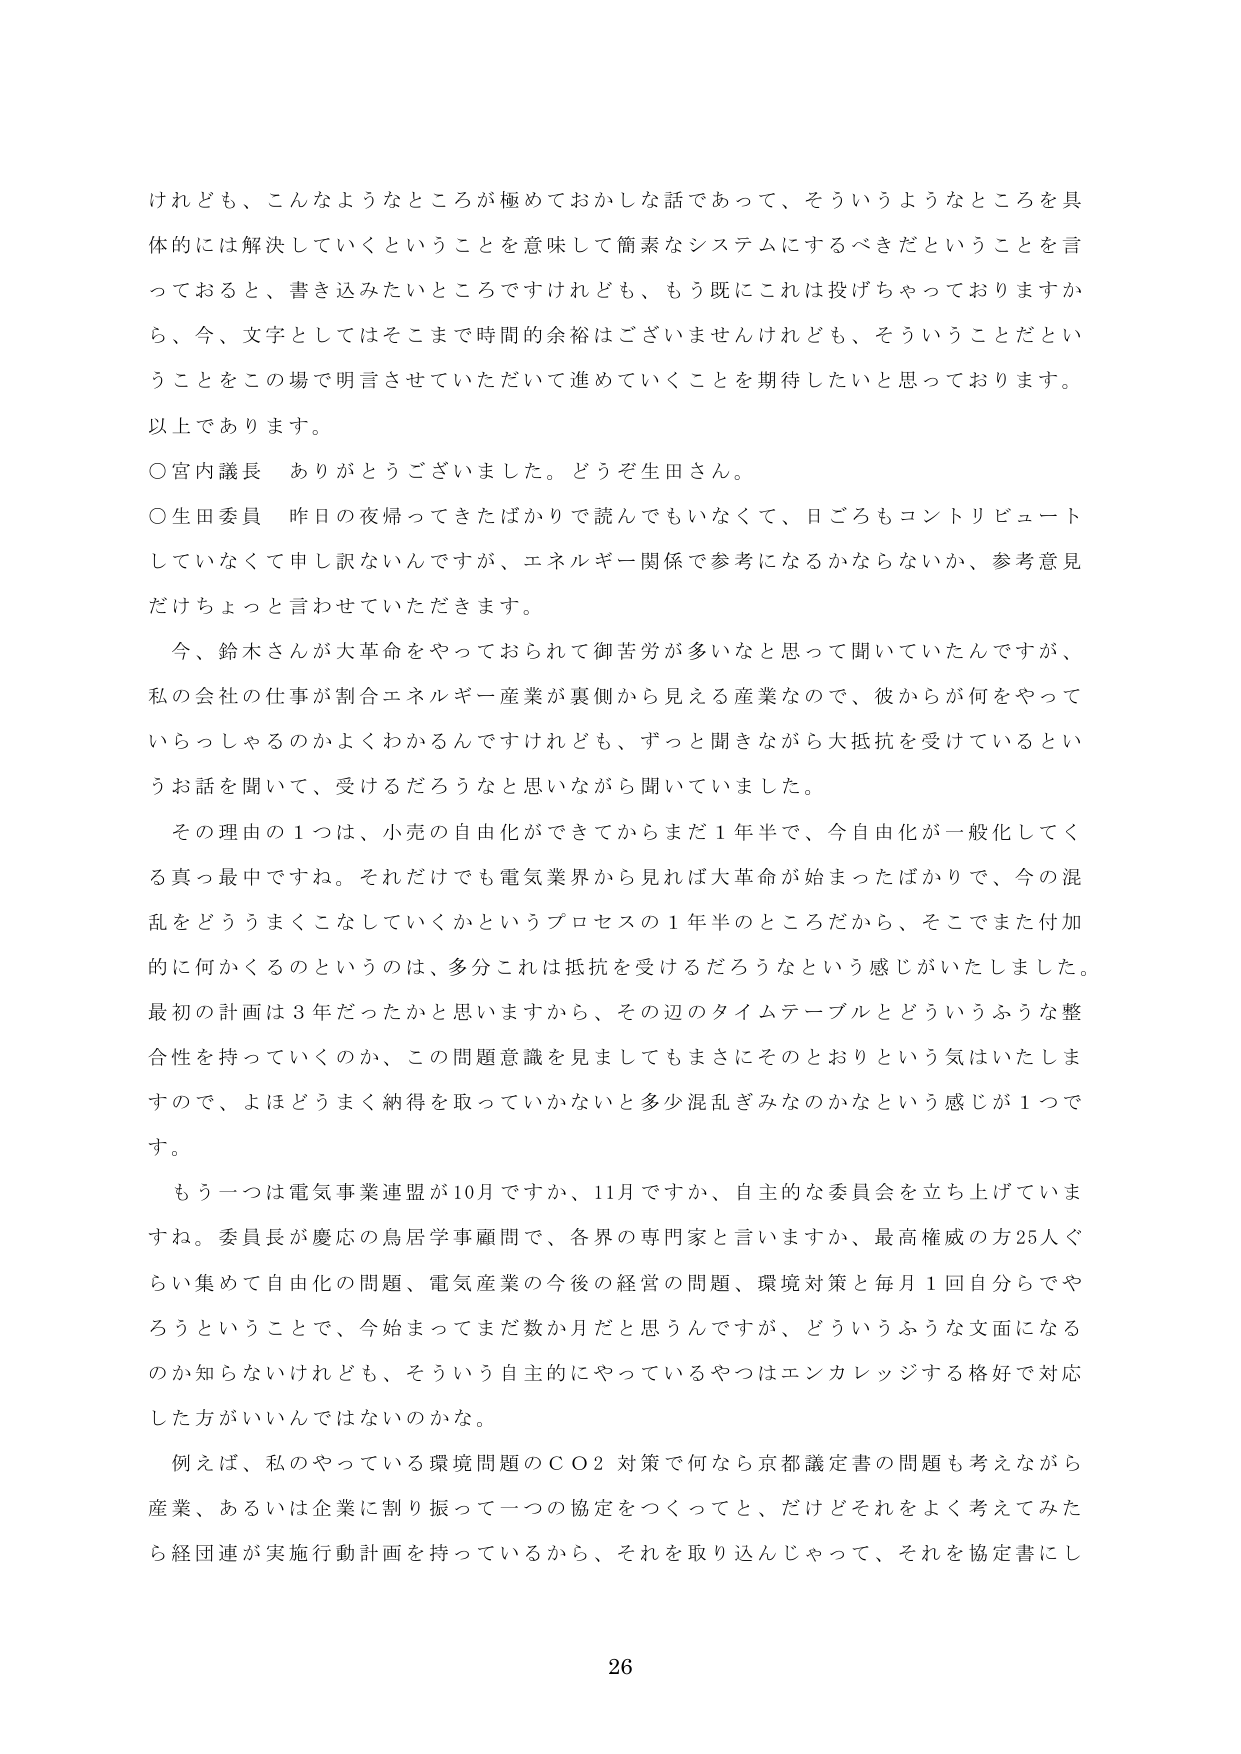
けれども、こんなようなところが極めておかしな話であって、そういうようなところを具体的には解決していくということを意味して簡素なシステムにするべきだということを言っておると、書き込みたいところですけれども、もう既にこれは投げちゃっておりますから、今、文字としてはそこまで時間的余裕はございませんけれども、そういうことだということをこの場で明言させていただいて進めていくことを期待したいと思っております。
以上であります。

○宮内議長　ありがとうございました。どうぞ生田さん。

○生田委員　昨日の夜帰ってきたばかりで読んでもいなくて、日ごろもコントリビュートしていなくて申し訳ないんですが、エネルギー関係で参考になるかならないか、参考意見だけちょっと言わせていただきます。

　今、鈴木さんが大革命をやっておられて御苦労が多いなと思って聞いていたんですが、私の会社の仕事が割合エネルギー産業が裏側から見える産業なので、彼からが何をやっていらっしゃるのかよくわかるんですけれども、ずっと聞きながら大抵抗を受けているというお話を聞いて、受けるだろうなと思いながら聞いていました。

　その理由の１つは、小売の自由化ができてからまだ１年半で、今自由化が一般化してくる真っ最中ですね。それだけでも電気業界から見れば大革命が始まったばかりで、今の混乱をどううまくこなしていくかというプロセスの１年半のところだから、そこでまた付加的に何かくるというのは、多分これは抵抗を受けるだろうなという感じがいたしました。最初の計画は３年だったかと思いますから、その辺のタイムテーブルとどういうふうな整合性を持っていくのか、この問題意識を見ましてもまさにそのとおりという気はいたしますので、よほどうまく納得取っていかないと多少混乱ぎみなのかなという感じが１つです。

　もう一つは電気事業連盟が10月ですか、11月ですか、自主的な委員会を立ち上げていますね。委員長が慶応の鳥居学事顧問で、各界の専門家と言いますか、最高権威の方25人ぐらい集めて自由化の問題、電気産業の今後の経営の問題、環境対策と毎月１回自分できちんとやろうということで、今始まってまだ数か月だと思うんですが、どういうふうな文面になるのか知らないけれども、そういう自主的にやっているやつはエンカレッジする格好で対応した方がいいんではないのかな。

　例えば、私のやっている環境問題のＣＯ２対策で何なら京都議定書の問題も考えながら産業、あるいは企業に割り振って一つの協定をつくってと、だけどそれをよく考えてみたら経団連が実施行動計画を持っているから、それを取り込んだじゃって、それを協定書にし

26